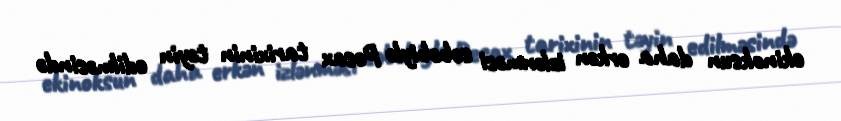
ekinoksun daha erkən izlənməsi səbəbiylə Pesax tarixinin təyin edilməsində